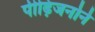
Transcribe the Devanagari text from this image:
पीढ़िजनोने